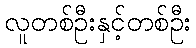
လူတစ်ဦးနှင့်တစ်ဦး